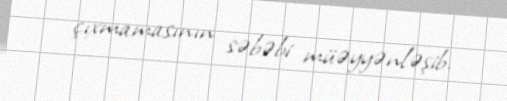
çıxmamasının səbəbi müəyyənləşib.